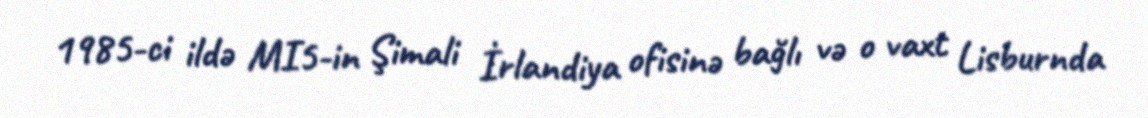
1985-ci ildə MI5-in Şimali İrlandiya ofisinə bağlı və o vaxt Lisburnda